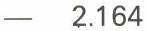
-  2.164